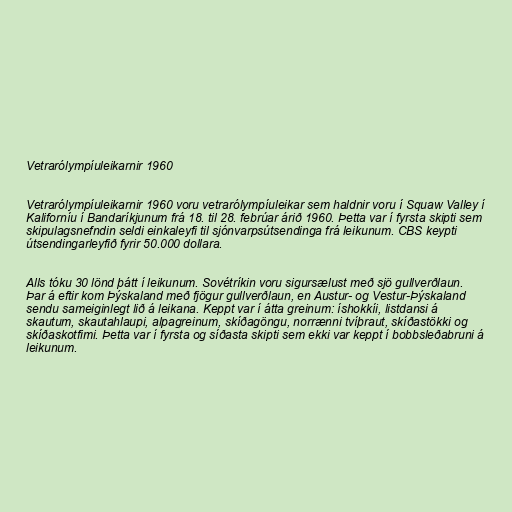
Vetrarólympíuleikarnir 1960

Vetrarólympíuleikarnir 1960 voru vetrarólympíuleikar sem haldnir voru í Squaw Valley í
Kaliforníu í Bandaríkjunum frá 18. til 28. febrúar árið 1960. Þetta var í fyrsta skipti sem
skipulagsnefndin seldi einkaleyfi til sjónvarpsútsendinga frá leikunum. CBS keypti
útsendingarleyfið fyrir 50.000 dollara.

Alls tóku 30 lönd þátt í leikunum. Sovétríkin voru sigursælust með sjö gullverðlaun.
Þar á eftir kom Þýskaland með fjögur gullverðlaun, en Austur- og Vestur-Þýskaland
sendu sameiginlegt lið á leikana. Keppt var í átta greinum: íshokkíi, listdansi á
skautum, skautahlaupi, alpagreinum, skíðagöngu, norrænni tvíþraut, skíðastökki og
skíðaskotfimi. Þetta var í fyrsta og síðasta skipti sem ekki var keppt í bobbsleðabruni á
leikunum.